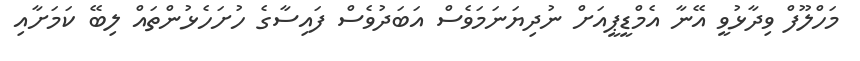
މަހްލޫފް ވިދާޅުވީ އޭނާ އެމްޑީޕީއަށް ނުދިޔަނަމަވެސް އަބަދުވެސް ފައިސާގެ ހުށަހެޅުންތައް ލިބޭ ކަމަށާއި